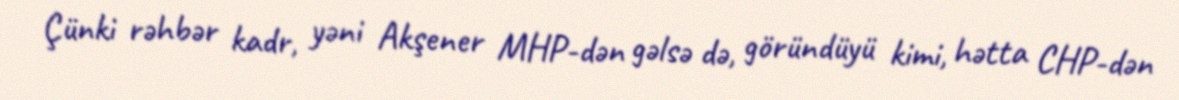
Çünki rəhbər kadr, yəni Akşener MHP-dən gəlsə də, göründüyü kimi, hətta CHP-dən